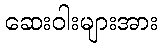
ဆေးဝါးများအား